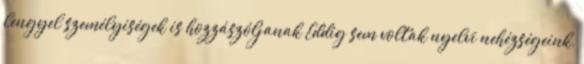
lengyel személyiségek is hozzászóljanak Eddig sem voltak nyelvi nehézségeink,